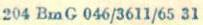
204 BmG 046/3611/65 31